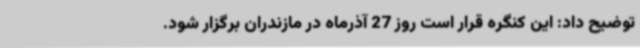
توضیح داد: این کنگره قرار است روز 27 آذرماه در مازندران برگزار شود.